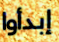
إبدأوا